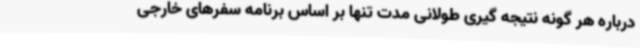
درباره هر گونه نتیجه گیری طولانی مدت تنها بر اساس برنامه سفرهای خارجی